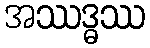
အဿဒ္ဓဿ